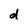
Character: d